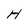
Character: H